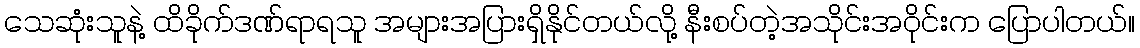
သေဆုံးသူနဲ့ ထိခိုက်ဒဏ်ရာရသူ အများအပြားရှိနိုင်တယ်လို့ နီးစပ်တဲ့အသိုင်းအဝိုင်းက ပြောပါတယ်။